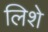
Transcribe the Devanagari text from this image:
लिशे